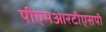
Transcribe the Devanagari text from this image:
पीएमआरटीएसपी